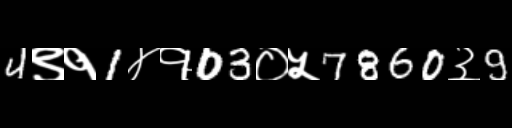
Text: 4९१1४१03०५7860३9